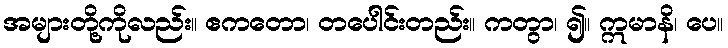
အများတို့ကိုလည်း။ ဧကတော၊ တပေါင်းတည်း။ ကတွာ၊ ၍။ ဣမာနိ၊ ပေ။